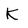
Character: K